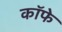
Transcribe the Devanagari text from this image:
कॉफे